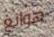
هوانغ